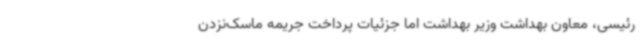
رئیسی، معاون بهداشت وزیر بهداشت اما جزئیات پرداخت جریمه ماسک‌نزدن